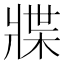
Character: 牃